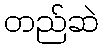
တည်ဆဲ